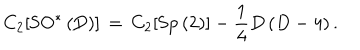
LaTeX: C _ { 2 } [ \mathrm { S O ^ { \ast } \left( D \right) } ] \, = \, C _ { 2 } [ \mathrm { S p \left( 2 \right) } ] - \frac { 1 } { 4 } D \left( D - 4 \right) .